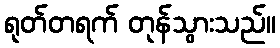
ရုတ်တရက် တုန်သွားသည်။